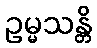
ဥမ္မသန္တိ